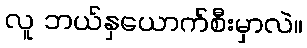
လူ ဘယ်နှယောက်စီးမှာလဲ။